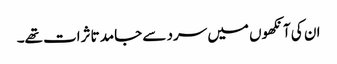
ان کی آنکھوں میں سرد سے جامد تاثرات تھے۔